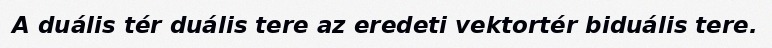
A duális tér duális tere az eredeti vektortér biduális tere.